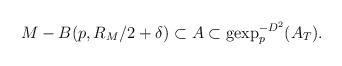
LaTeX: \begin{align*}M - B(p,R_M/2 + \delta) &\subset A \subset \mathrm{gexp}_p^{-D^2} (A_T).\end{align*}